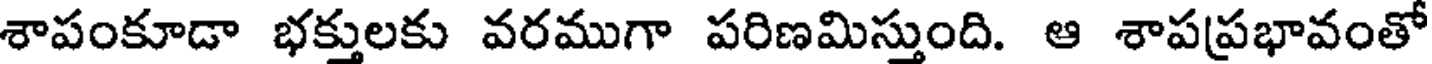
శాపంకూడా భక్తులకు వరముగా పరిణమిస్తుంది. ఆ శాపప్రభావంతో